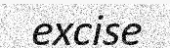
excise